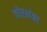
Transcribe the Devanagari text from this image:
जोरशंका